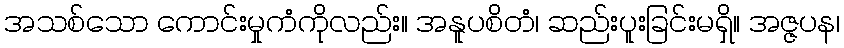
အသစ်သော ကောင်းမှုကံကိုလည်း။ အနူပစိတံ၊ ဆည်းပူးခြင်းမရှိ။ အဇ္ဇပန၊